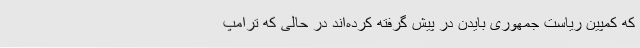
که کمپین ریاست جمهوری بایدن در پیش گرفته کرده‌اند در حالی که ترامپ